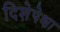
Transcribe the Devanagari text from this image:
दिशेपेक्षा